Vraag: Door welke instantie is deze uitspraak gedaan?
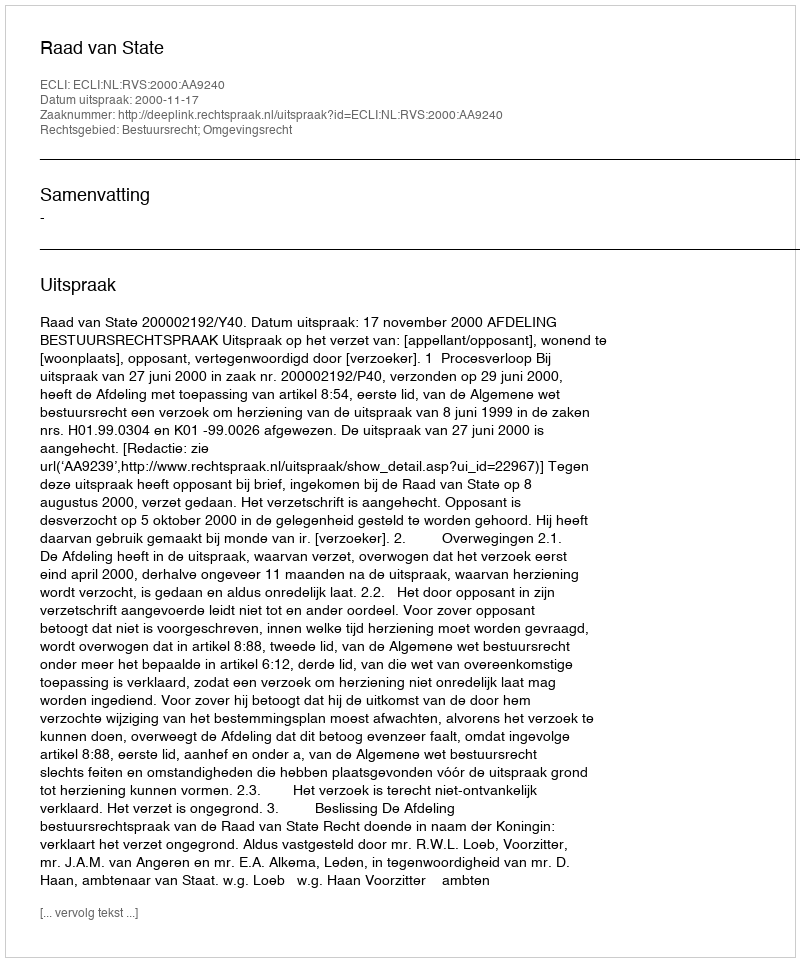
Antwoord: Raad van State